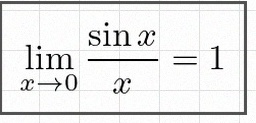
\lim_{x\to0}\frac{\sin x}{x}=1